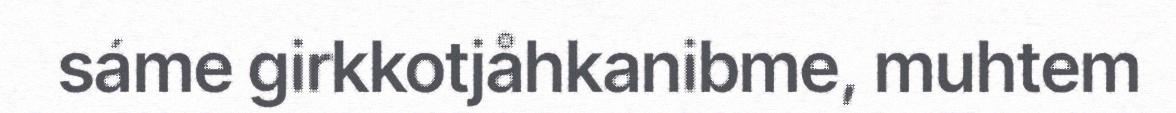
sáme girkkotjåhkanibme, muhtem